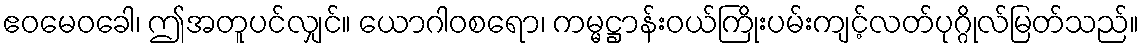
ဧဝမေဝခေါ၊ ဤအတူပင်လျှင်။ ယောဂါဝစရော၊ ကမ္မဋ္ဌာန်းဝယ်ကြိုးပမ်းကျင့်လတ်ပုဂ္ဂိုလ်မြတ်သည်။